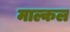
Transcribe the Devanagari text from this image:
माल्कल